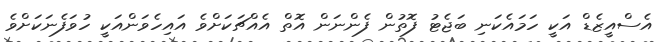
އެސްއީޒެޑް އަކީ ހަމައެކަނި ބަޖެޓު ފޮތުން ފެންނަން އޮތް އެއްޗަކަށްވެ އައިހެވަންއަކީ ހުވަފެނަކަށްވެ